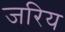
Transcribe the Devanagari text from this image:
जरिय